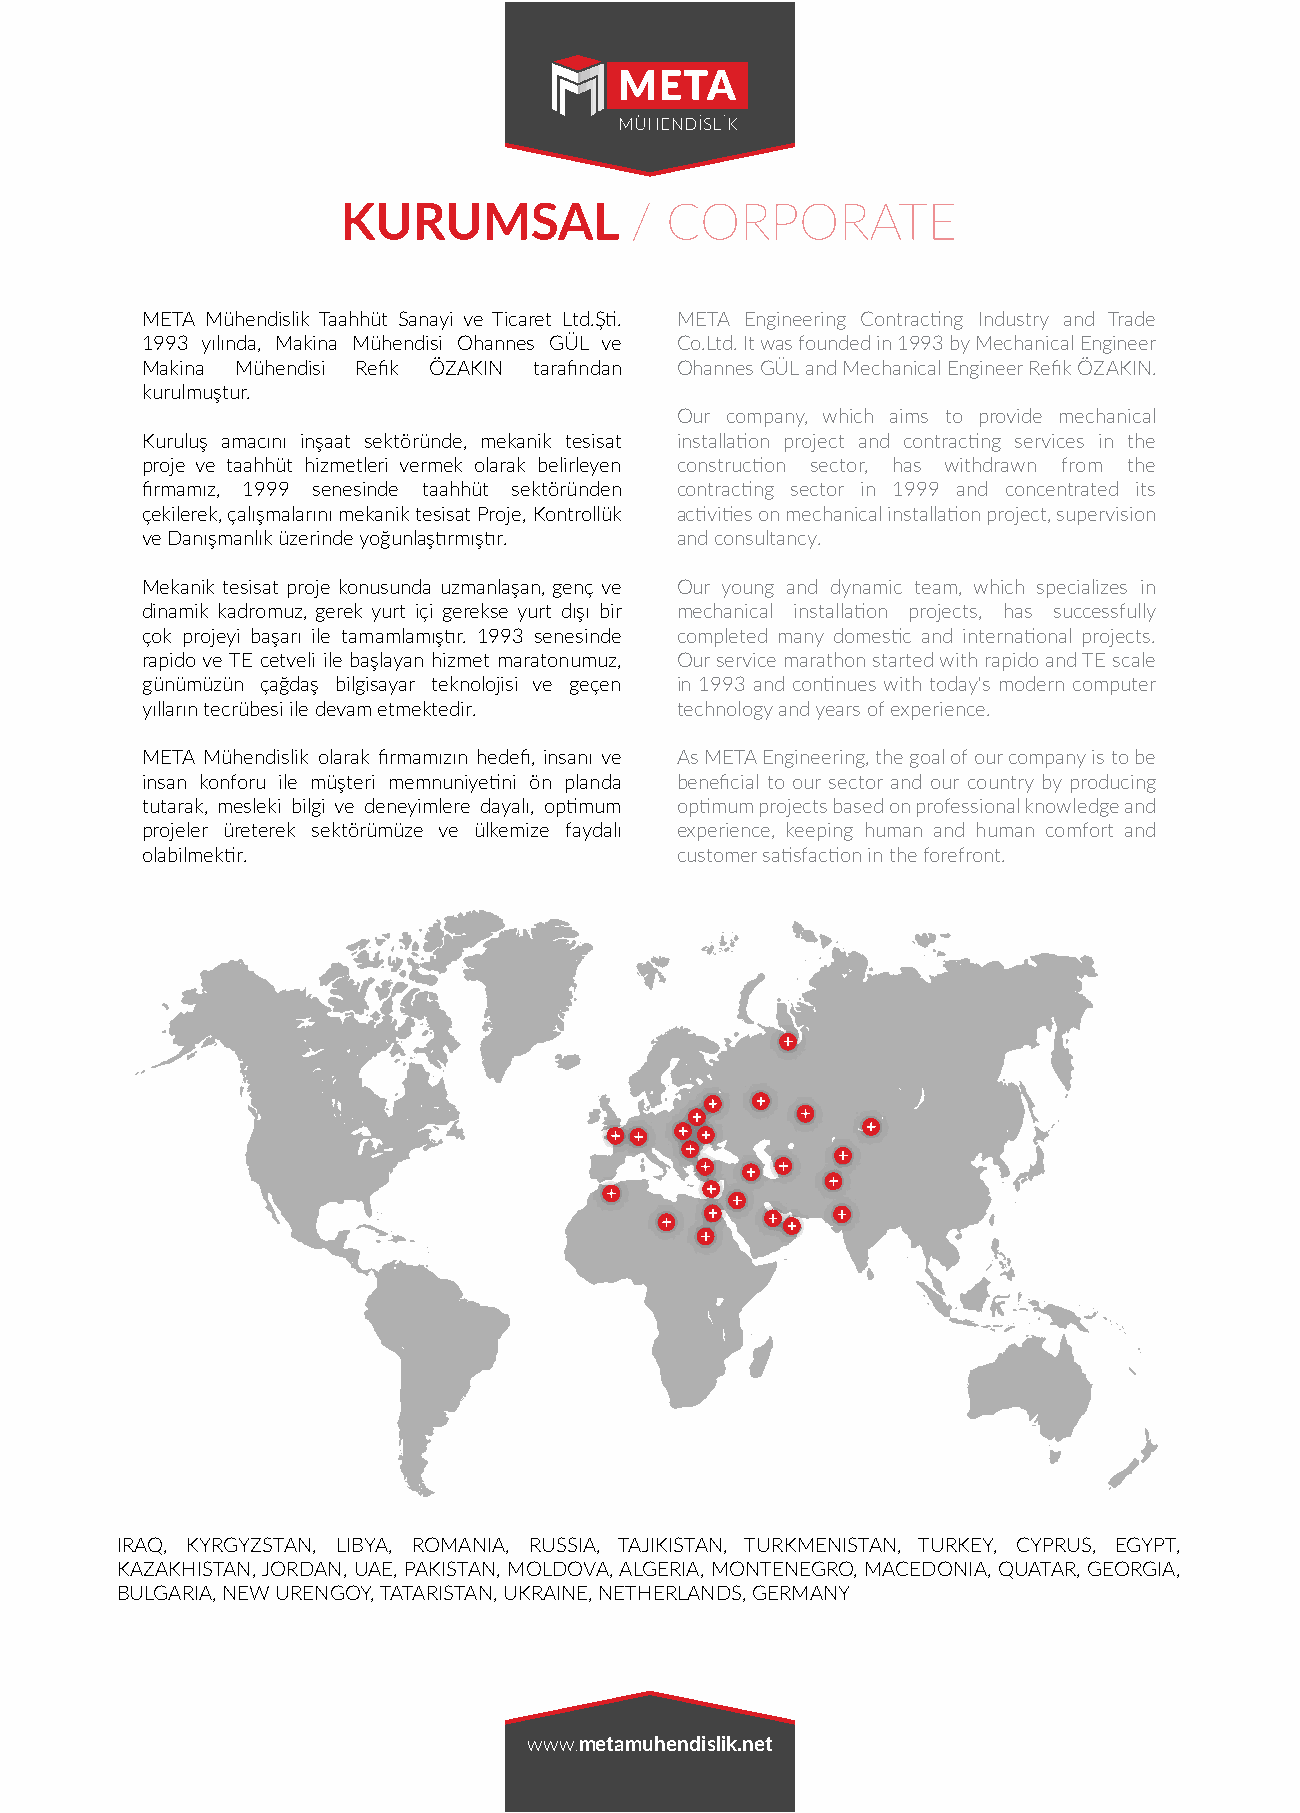
KURUMSAL           / CORPORATE
 META Mühendislik Taahhüt Sanayi ve Ticaret Ltd.Şti. META Engineering Contracting Industry and Trade
 1993 yılında, Makina Mühendisi Ohannes GÜL ve Co.Ltd. It was founded in 1993 by Mechanical Engineer
 Makina Mühendisi Refik ÖZAKIN tarafından Ohannes GÜL and Mechanical Engineer Refik ÖZAKIN.
 kurulmuştur.
 Our company, which aims to provide mechanical
 Kuruluş amacını inşaat sektöründe, mekanik tesisat installation project and contracting services in the
 proje ve taahhüt hizmetleri vermek olarak belirleyen construction sector, has withdrawn from the
 firmamız, 1999 senesinde taahhüt sektöründen contracting sector in 1999 and concentrated its
 çekilerek, çalışmalarını mekanik tesisat Proje, Kontrollük activities on mechanical installation project, supervision
 ve Danışmanlık üzerinde yoğunlaştırmıştır. and consultancy.
 Mekanik tesisat proje konusunda uzmanlaşan, genç ve Our young and dynamic team, which specializes in
 dinamik kadromuz, gerek yurt içi gerekse yurt dışı bir mechanical installation projects, has successfully
 çok projeyi başarı ile tamamlamıştır. 1993 senesinde completed many domestic and international projects.
 rapido ve TE cetveli ile başlayan hizmet maratonumuz, Our service marathon started with rapido and TE scale
 günümüzün çağdaş bilgisayar teknolojisi ve geçen in 1993 and continues with today's modern computer
 yılların tecrübesi ile devam etmektedir. technology and years of experience.
 META Mühendislik olarak firmamızın hedefi, insanı ve As META Engineering, the goal of our company is to be
 insan konforu ile müşteri memnuniyetini ön planda beneficial to our sector and our country by producing
 tutarak, mesleki bilgi ve deneyimlere dayalı, optimum optimum projects based on professional knowledge and
 projeler üreterek sektörümüze ve ülkemize faydalı experience, keeping human and human comfort and
 olabilmektir.                       customer satisfaction in the forefront.
 IRAQ, KYRGYZSTAN, LIBYA, ROMANIA, RUSSIA, TAJIKISTAN, TURKMENISTAN, TURKEY, CYPRUS, EGYPT,
 KAZAKHISTAN, JORDAN, UAE, PAKISTAN, MOLDOVA, ALGERIA, MONTENEGRO, MACEDONIA, QUATAR, GEORGIA,
 BULGARIA, NEW URENGOY, TATARISTAN, UKRAINE, NETHERLANDS, GERMANY
 www.metamuhendislik.net